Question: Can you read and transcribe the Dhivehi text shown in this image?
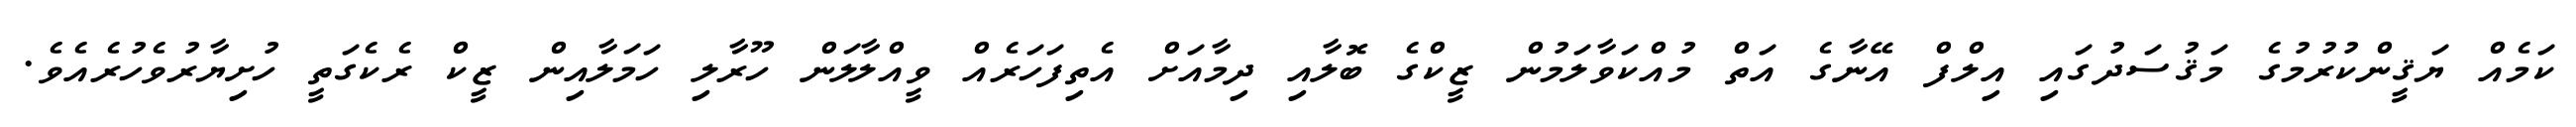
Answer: ކަމެއް ޔަޤީންކުރުމުގެ މަޤުސަދުގައި އިލްފް އޭނާގެ އަތް މުއްކަވާލަމުން ޒީކްގެ ބޮލާއި ދިމާއަށް އެތިފަހަރެއް ވީއްލާލަން ހޫރާލި ހަމަލާއިން ޒީކް ރެކެގަތީ ހުށިޔާރުވެހުރެއެވެ.